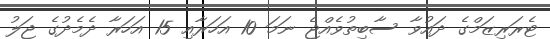
ޓެރަރިޒަމްގެ ދައުވާ ސާބިތުވެއްޖެ ނަމަ 10 އަހަރާއި 15 އަހަރާ ދެމެދުގެ ޖަލު